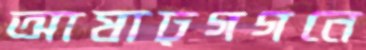
আষাঢ়গগনে